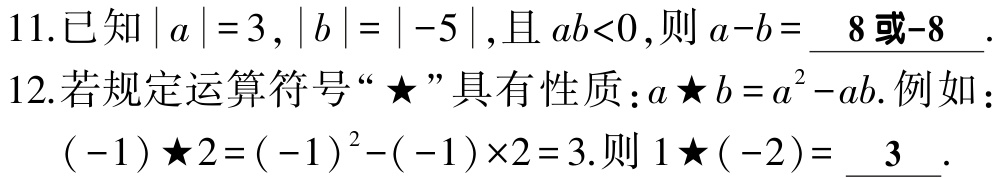
11.已知\(\vert a\vert = 3\)，\(\vert b\vert=\vert - 5\vert\)，且\(ab<0\)，则\(a - b=\underline{8或 - 8}\).

12.若规定运算符号“\(\bigstar\)”具有性质：\(a\bigstar b=a^{2}-ab\).例如：\(( - 1)\bigstar2=( - 1)^{2}-( - 1)\times2 = 3\).则\(1\bigstar( - 2)=\underline{3}\).